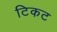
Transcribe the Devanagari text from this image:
टिकट